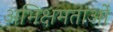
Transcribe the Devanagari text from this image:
अभिक्षमताओं